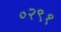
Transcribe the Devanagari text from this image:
०२९१